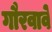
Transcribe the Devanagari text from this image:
गौरवावे